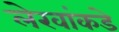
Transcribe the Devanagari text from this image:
लेखांकडे